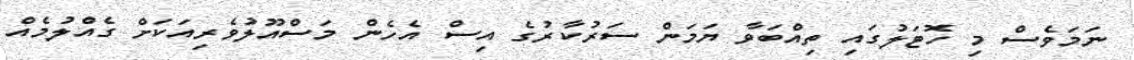
ނަމަވެސް މި ހޮޓަލުގައި ތިއްބަވާ ޔަމަން ސަރުކާރުގެ އިސް އެހެން މަސްއޫލުވެރިއަކަށް ގެއްލުމެއް